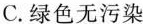
C.绿色无污染